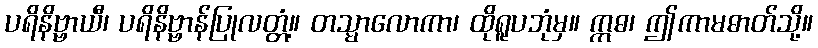
ပရိနိဗ္ဗာယီ၊ ပရိနိဗ္ဗာန်ပြုလတ္တံ့။ တသ္မာလောကာ၊ ထိုရူပဘုံမှ။ ဣဓ၊ ဤကာမဓာတ်သို့။